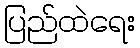
ပြည်ထဲရေး